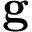
\textbf { g }